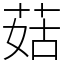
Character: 菇